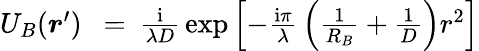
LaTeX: \begin{array}{rlr}{U_{B}(\boldsymbol r^{\prime})\! \! \! }&{{}=}&{\! \! \! {\frac{\mathrm{i}}{\lambda D}}\exp\left[-{\frac{\mathrm{i}\pi}{\lambda}}\left({\frac{1}{R_{B}}}+{\frac{1}{D}}\right)r^{2}\right]}\end{array}